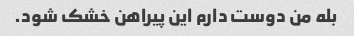
بله من دوست دارم این پیراهن خشک شود.